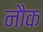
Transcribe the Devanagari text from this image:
नौक